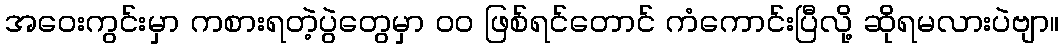
အဝေးကွင်းမှာ ကစားရတဲ့ပွဲတွေမှာ ၀၀ ဖြစ်ရင်တောင် ကံကောင်းပြီလို့ ဆိုရမလားပဲဗျာ။